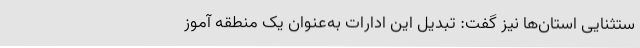
ستثنایی استان‌ها نیز گفت: تبدیل این ادارات به‌عنوان یک منطقه آموز